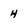
Character: H